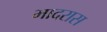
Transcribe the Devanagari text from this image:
भादरास